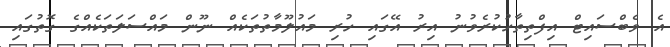
އެ ވެބްސައިޓް އިފްތިތާހުކުރެވުނު އިރު އޭގައި ހުރި މައުލޫމާތުތަކެއް ނޫން މައްސަލަތަކެއްގެ ގޮތުގައި